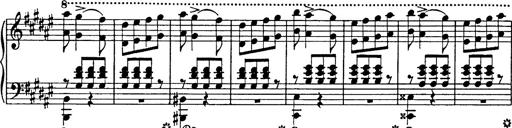
Title: Hungarian Rhapsody No.18
Composer: Franz Liszt
Key: F-sharp minor